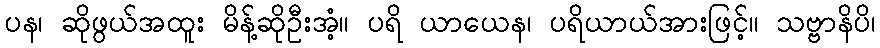
ပန၊ ဆိုဖွယ်အထူး မိန့်ဆိုဦးအံ့။ ပရိ ယာယေန၊ ပရိယာယ်အားဖြင့်။ သဗ္ဗာနိပိ၊